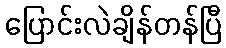
ပြောင်းလဲချိန်တန်ပြီ